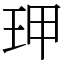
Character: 玾